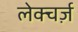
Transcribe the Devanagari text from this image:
लेक्चर्ज़